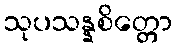
သုပသန္နစိတ္တော